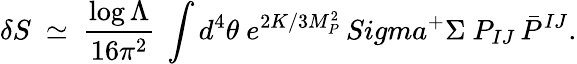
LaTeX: \delta S\ \simeq\ {\frac{\log\Lambda}{16\pi^{2}}}\ \int d^{4}\theta\ e^{2K/3M_{P}^{2}}\, Sigma^{+}\Sigma\ P_{IJ}\, \bar{P}^{IJ}.